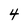
Character: 4